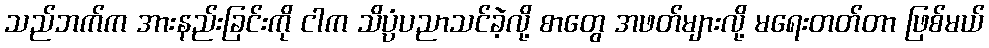
သည်ဘက်က အားနည်းခြင်းကို ငါက သိပ္ပံပညာသင်ခဲ့လို့ စာတွေ အဖတ်များလို့ မရေးတတ်တာ ဖြစ်မယ်